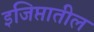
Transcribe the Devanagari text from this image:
इजिप्तातील